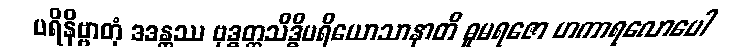
ပရိနိဗ္ဗာတုံ ဒဒန္တဿ ဗုဒ္ဓတ္တသိဒ္ဓိပရိယောသာနာတိ ဓူမရဇော ဟကာရလောပေါ